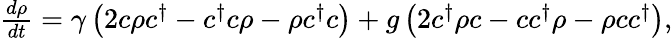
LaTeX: \begin{array}{r}{\frac{d\rho}{dt}=\gamma\left(2c\rho c^{\dagger}-c^{\dagger}c\rho-\rho c^{\dagger}c\right)+g\left(2c^{\dagger}\rho c-cc^{\dagger}\rho-\rho cc^{\dagger}\right),}\end{array}